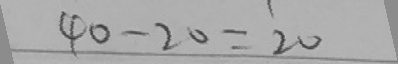
4 0 - 2 0 = 2 0